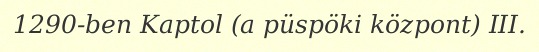
1290-ben Kaptol (a püspöki központ) III.